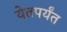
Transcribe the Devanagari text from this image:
येतपर्यंत